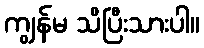
ကျွန်မ သိပြီးသားပါ။